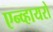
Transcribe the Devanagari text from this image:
एन्व्हायरो